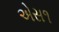
એસ૧